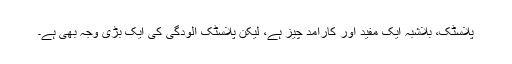
پلاسٹک، بلاشبہ ایک مفید اور کارآمد چیز ہے، لیکن پلاسٹک آلودگی کی ایک بڑی وجہ بھی ہے۔